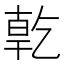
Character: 亁